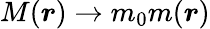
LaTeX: M(\boldsymbol{r})\rightarrow m_{0}m(\boldsymbol{r})